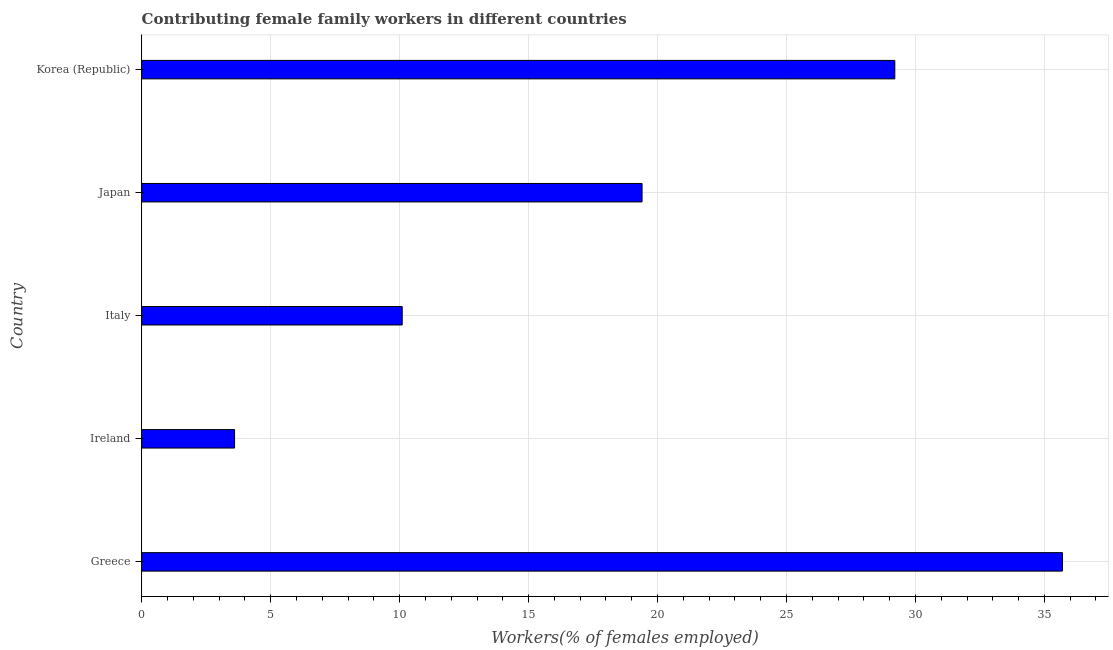
| Country | Contributing family workers |
 | --- | --- |
 | Greece | 35.7 |
 | Ireland | 3.6 |
 | Italy | 10.1 |
 | Japan | 19.4 |
 | Korea (Republic) | 29.2 |